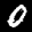
Label: 0